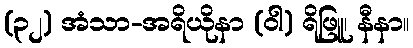
(၃၂) အံသာ-အရိယိုနာ (ဝါ) ရိဖြူ၊ နီနာ။